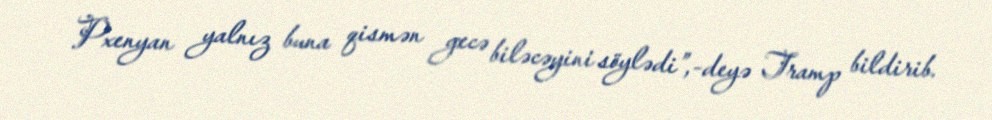
Pxenyan yalnız buna qismən gecə biləcəyini söylədi”,-deyə Tramp bildirib.